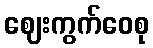
ဈေးကွက်ဝေစု